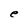
Character: e